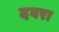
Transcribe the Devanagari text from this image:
दवरा